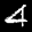
Label: 4